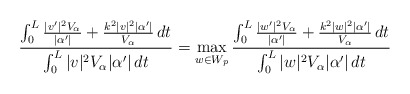
\begin{align*}\frac{\int_0^L \frac{|v'|^2 V_{\alpha}}{|\alpha'|} + \frac{k^2 |v|^2 | \alpha'|}{V_{\alpha}} \,dt}{\int_0^L |v|^2 V_\alpha |\alpha'| \,dt}= \max_{w \in W_p} \frac{\int_0^L \frac{|w'|^2 V_{\alpha}}{|\alpha'|} + \frac{k^2 |w|^2 | \alpha'|}{V_{\alpha}} \,dt}{\int_0^L |w|^2 V_\alpha |\alpha'| \,dt}\end{align*}